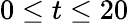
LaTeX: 0\le t\le 20